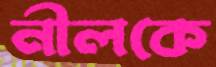
নীলকে